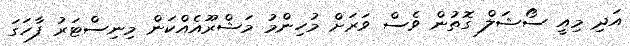
އަދި މިއީ ސޯޝަލް ގޮތުން ވެސް ވަރަށް މުހިންމު މަޝްރޫއެއްކަން މިނިސްޓަރު ފާހަގަ